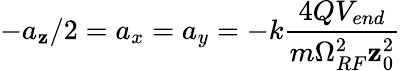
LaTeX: -a_{\mathbf{z}}/2=a_{x}=a_{y}=-k\frac{{4QV_{end}}}{{m\Omega_{RF}^{2}\mathbf{z}_{0}^{2}}}